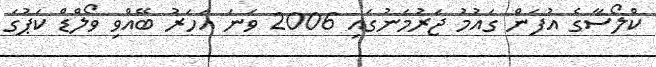
ކްލޯސާގެ އުފަން ގައުމު ޖަރުމަނުގައި 2006 ވަނަ އަހަރު ބޭއްވި ވޯލްޑް ކަޕުގަ